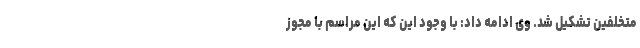
متخلفین تشکیل شد. وی ادامه داد: با وجود این که این مراسم با مجوز